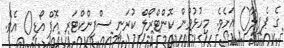
ގެ ޕެޕިލާ() އަށެވެ. މިހުޅުވުން ކޮންޓްރޯލް ކުރަނީ ސްފިންކްޓަރ އޮފް އޯޑި() އެވެ.